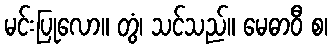
မင်းပြုလော။ တွံ၊ သင်သည်။ မေဓာဝီ စ၊